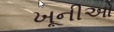
ખૂનીઓ